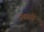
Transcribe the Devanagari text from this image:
प्रश्नांचें